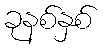
ခုနစ်နှစ်